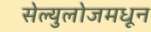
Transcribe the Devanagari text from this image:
सेल्युलोजमधून